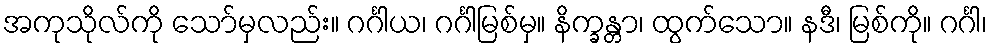
အကုသိုလ်ကို သော်မှလည်း။ ဂင်္ဂါယ၊ ဂင်္ဂါမြစ်မှ။ နိက္ခန္တာ၊ ထွက်သော။ နဒီ၊ မြစ်ကို။ ဂင်္ဂါ၊